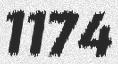
1174